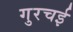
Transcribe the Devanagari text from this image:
गुरचई